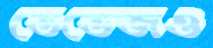
তেভেজও